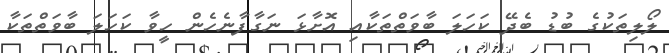
ލޯލިތަކުގެ ބުޑު ބެދޭ ކަހަލަ ބާވަތްތަކާއި އޮށާޅަ ނަގާފާނެހެން ހީވާ ކަހަލަ ބާވަތްތަކާ